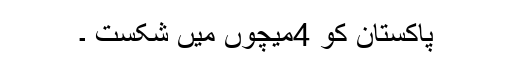
پاکستان کو 4میچوں میں شکست ۔